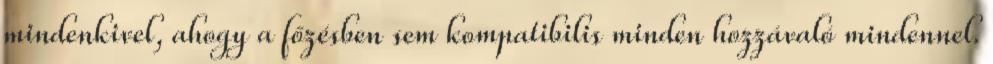
mindenkivel, ahogy a főzésben sem kompatibilis minden hozzávaló mindennel.